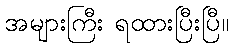
အများကြီး ရထားပြီးပြီ။